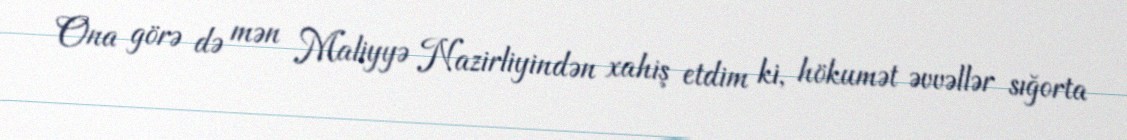
Ona görə də mən Maliyyə Nazirliyindən xahiş etdim ki, hökumət əvvəllər sığorta